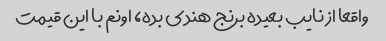
واقعا از نایب بعیده برنج هندی بده، اونم با این قیمت